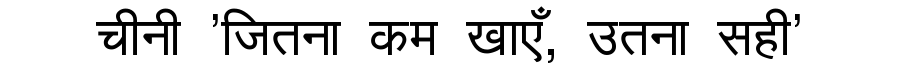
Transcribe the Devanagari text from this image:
चीनी 'जितना कम खाएँ, उतना सही'